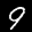
Label: 9